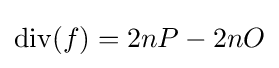
\operatorname {div} (f)=2nP-2nO